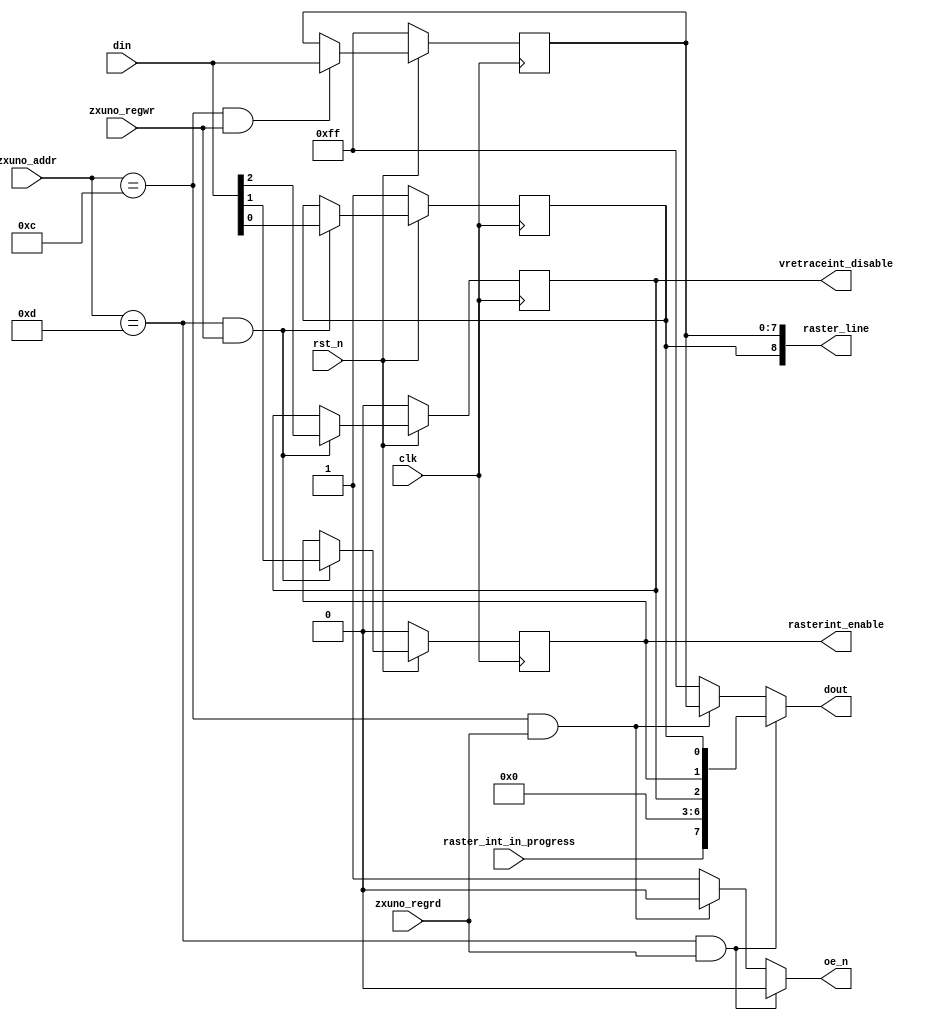
module rasterint_ctrl (
    input wire clk,
    input wire rst_n,
    input wire [7:0] zxuno_addr,
    input wire zxuno_regrd,
    input wire zxuno_regwr,
    input wire [7:0] din,
    output reg [7:0] dout,
    output reg oe_n,
    output wire rasterint_enable,
    output wire vretraceint_disable,
    output wire [8:0] raster_line,
    input wire raster_int_in_progress
    );

    parameter RASTERLINE = 8'h0C;
    parameter RASTERCTRL = 8'h0D;

    reg [7:0] rasterline_reg = 8'hFF;
    reg raster_enable = 1'b0;
    reg vretrace_disable = 1'b0;
    reg raster_8th_bit = 1'b1;      
    
    assign raster_line = {raster_8th_bit, rasterline_reg};
    assign rasterint_enable = raster_enable;
    assign vretraceint_disable = vretrace_disable;
    
    always @(posedge clk) begin
        if (rst_n == 1'b0) begin
            raster_enable <= 1'b0;
            vretrace_disable <= 1'b0;
            raster_8th_bit <= 1'b1;
            rasterline_reg <= 8'hFF;
        end
        else begin
            if (zxuno_addr == RASTERLINE && zxuno_regwr == 1'b1)
                rasterline_reg <= din;
            if (zxuno_addr == RASTERCTRL && zxuno_regwr == 1'b1)
                {vretrace_disable, raster_enable, raster_8th_bit} <= din[2:0];
        end
    end
    
    always @* begin
        dout = 8'hFF;
        oe_n = 1'b1;
        if (zxuno_addr == RASTERLINE && zxuno_regrd == 1'b1) begin
            dout = rasterline_reg;
            oe_n = 1'b0;
        end
        if (zxuno_addr == RASTERCTRL && zxuno_regrd == 1'b1) begin
            dout = {raster_int_in_progress, 4'b0000, vretrace_disable, raster_enable, raster_8th_bit};
            oe_n = 1'b0;
        end
    end
endmodule